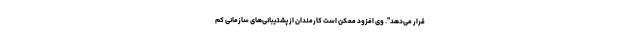
قرار می‌دهد". وی افزود ممکن است کارمندان از پشتیبانی‌های سازمانی کم